Indian journal of veterinary science and animal husbandry - Volume 13,
Year: 1943
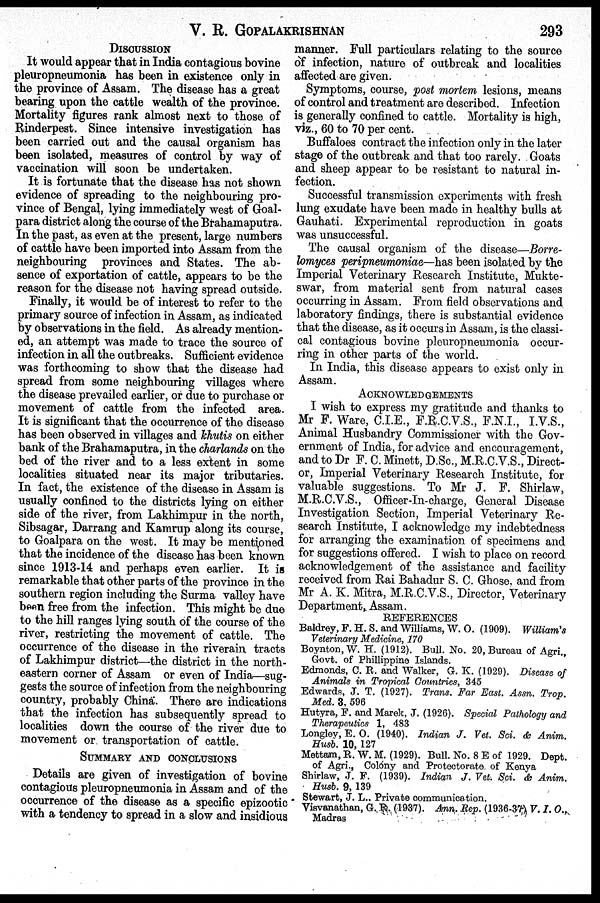
V. R. GOPALAKRISHNAN
293
DISCUSSION
It would appear that in India contagious bovine
pleuropneumonia has been in existence only in
the province of Assam. The disease has a great
bearing upon the cattle wealth of the province.
Mortality figures rank almost next to those of
Rinderpest. Since intensive investigation has
been carried out and the causal organism has
been isolated, measures of control by way of
vaccination will soon be undertaken.
It is fortunate that the disease has not shown
evidence of spreading to the neighbouring pro-
vince of Bengal, lying immediately west of Goal-
para district along the course of the Brahamaputra.
In the past, as even at the present, large numbers
of cattle have been imported into Assam from the
neighbouring provinces and States. The ab-
sence of exportation of cattle, appears to be the
reason for the disease not having spread outside.
Finally, it would be of interest to refer to the
primary source of infection in Assam, as indicated
by observations in the field. As already mention-
ed, an attempt was made to trace the source of
infection in all the outbreaks. Sufficient evidence
was forthcoming to show that the disease had
spread from some neighbouring villages where
the disease prevailed earlier, or due to purchase or
movement of cattle from the infected area.
It is significant that the occurrence of the disease
has been observed in villages and khutis on either
bank of the Brahamaputra, in the charlands on the
bed of the river and to a less extent in some
localities situated near its major tributaries.
In fact, the existence of the disease in Assam is
usually confined to the districts lying on either
side of the river, from Lakhimpur in the north,
Sibsagar, Darrang and Kamrup along its course,
to Goalpara on the west. It may be mentioned
that the incidence of the disease has been known
since 1913-14 and perhaps even earlier. It is
remarkable that other parts of the province in the
southern region including the Surma valley have
been free from the infection. This might be due
to the hill ranges lying south of the course of the
river, restricting the movement of cattle. The
occurrence of the disease in the riverain tracts
of Lakhimpur district—the district in the north-
eastern corner of Assam or even of India—sug-
gests the source of infection from the neighbouring
country, probably China. There are indications
that the infection has subsequently spread to
localities down the course of the river due to
movement or transportation of cattle.
SUMMARY AND CONCLUSIONS
Details are given of investigation of bovine
contagious pleuropneumonia in Assam and of the
occurrence of the disease as a specific epizootic
with a tendency to spread in a slow and insidious
manner. Full particulars relating to the source
of infection, nature of outbreak and localities
affected are given.
Symptoms, course, post mortem lesions, means
of control and treatment are described. Infection
is generally confined to cattle. Mortality is high,
viz., 60 to 70 per cent.
Buffaloes contract the infection only in the later
stage of the outbreak and that too rarely. Goats
and sheep appear to be resistant to natural in-
fection.
Successful transmission experiments with fresh
lung exudate have been made in healthy bulls at
Gauhati. Experimental reproduction in goats
was unsuccessful.
The causal organism of the disease—Borre-
lomyces peripneumoniae—has been isolated by the
Imperial Veterinary Research Institute, Mukte-
swar, from material sent from natural cases
occurring in Assam. From field observations and
laboratory findings, there is substantial evidence
that the disease, as it occurs in Assam, is the classi-
cal contagious bovine pleuropneumonia occur-
ring in other parts of the world.
In India, this disease appears to exist only in
Assam.
ACKNOWLEDGEMENTS
I wish to express my gratitude and thanks to
Mr F. Ware, C.I.E., F.R.C.V.S., F.N.I., I.V.S.,
Animal Husbandry Commissioner with the Gov-
ernment of India, for advice and encouragement,
and to Dr F. C. Minett, D.Sc., M.R.C.V.S., Direct-
or, Imperial Veterinary Research Institute, for
valuable suggestions. To Mr J. F. Shirlaw,
M.R.C.V.S., Officer-In-charge, General Disease
Investigation Section, Imperial Veterinary Re-
search Institute, I acknowledge my indebtedness
for arranging the examination of specimens and
for suggestions offered. I wish to place on record
acknowledgement of the assistance and facility
received from Rai Bahadur S. C. Ghose, and from
Mr A. K. Mitra, M.R.C.V.S., Director, Veterinary
Department, Assam.
REFERENCES
Baldrey, F. H. S. and Williams, W. O. (1909). William's
Veterinary Medicine, 170
Boynton, W. H. (1912). Bull. No. 20, Bureau of Agri.,
Govt. of Phillippine Islands.
Edmonds, C. R. and Walker, G. K. (1929). Disease of
Animals in Tropical Countries, 345
Edwards, J. T. (1927). Trans. Far East. Assn. Trop.
Med. 3, 596
Hutyra, F. and Marek, J. (1926). Special Pathology and
Therapeutics 1, 483
Longley, E. O. (1940). Indian J. Vet. Sci. & Anim.
Husb. 10, 127
Mettam, R. W. M. (1929). Bull. No. 8 E of 1929. Dept.
of Agri., Colony and Protectorate of Kenya
Shirlaw, J. F. (1939). Indian J. Vet. Sci. & Anim.
Husb. 9, 139
Stewart, J. L., Private communication.
Visvanathan, G. P. (1937). Ann. Rep. (1936-37) V. I. O.,
Madras